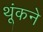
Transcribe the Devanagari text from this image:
थूंकने